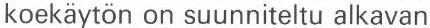
koekäytön on suunniteltu alkavan